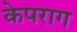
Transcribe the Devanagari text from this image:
केपराग